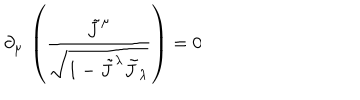
\partial _ { \mu } \, \left( \frac { \tilde { J } ^ { \mu } } { \sqrt { 1 - \tilde { J } ^ { \lambda } \tilde { J } _ { \lambda } } } \right) = 0